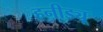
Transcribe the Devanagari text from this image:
हनीड्यू